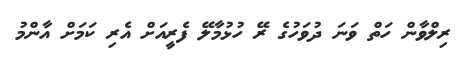
ރިލްވާން ހަތް ވަނަ ދުވަހުގެ ރޭ ހުޅުމާލޭ ފެރީއަށް އެރި ކަމަށް އާންމު